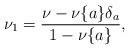
LaTeX: \begin{align*}\nu_{1}=\frac{\nu-\nu\{a\}\delta_{a}}{1-\nu\{a\}},\end{align*}